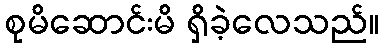
စုမိဆောင်းမိ ရှိခဲ့လေသည်။